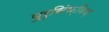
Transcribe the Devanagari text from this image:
पुरुसिंक्विज़